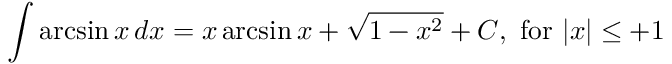
\int \arcsin { x } \, d x = x \arcsin { x } + { \sqrt { 1 - x ^ { 2 } } } + C , { \mathrm { ~ f o r ~ } } \vert x \vert \leq + 1